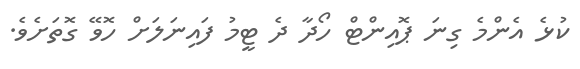
ކުޅެ އެންމެ ގިނަ ޕޮއިންޓް ހޯދާ ދެ ޓީމު ފައިނަލަށް ހޮވޭ ގޮތަށެވެ.